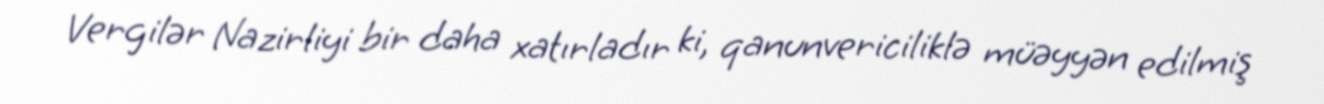
Vergilər Nazirliyi bir daha xatırladır ki, qanunvericiliklə müəyyən edilmiş